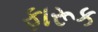
ફારૂક